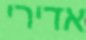
אדירי